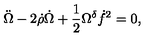
\ddot { \Omega } - 2 \dot { \rho } \dot { \Omega } + \frac { 1 } { 2 } \Omega ^ { \delta } \dot { f } ^ { 2 } = 0 ,